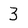
Character: 3